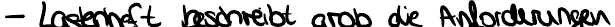
- Lastenheft beschreibt grob die Anforderungen